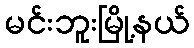
မင်းဘူးမြို့နယ်